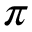
\pi